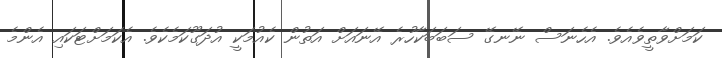
ކަމަށްވާތީވެއެވެ. އެހެނަސް ނޭނގޭ ސަބަބަކާހުރެ އޭނައަށް އަތުން ކެއުމަކީ އުދަގޫކަމެކެވެ. އެކަމަށްޓަކައި އެންމެ